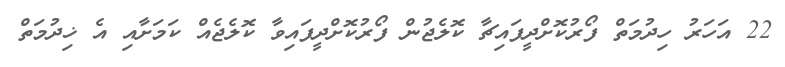
22 އަހަރު ހިދުމަތް ފޯރުކޮށްދީފައިޗާ ކޮލެޖުން ފޯރުކޮށްދީފައިވާ ކޮލެޖެއް ކަމަށާއި އެ ޚިދުމަތް